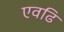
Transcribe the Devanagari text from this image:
एवढि